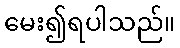
မေး၍ရပါသည်။